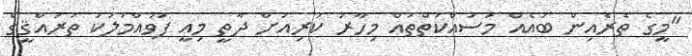
"މީގެ ތެރެއިން ބައެއް މަސައްކަތްތައް މިހާރު ކުރިއަށް ދާތީ މިއީ ފުވައްމުލަކު ތަރައްޤީގެ